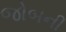
જોબની